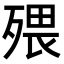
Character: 㱬